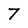
Character: 7